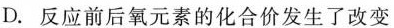
D.反应前后氧元素的化合价发生了改变